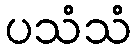
ပသံသံ